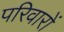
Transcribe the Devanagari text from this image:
परिवारों